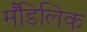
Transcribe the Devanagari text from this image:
मैंडिलिक